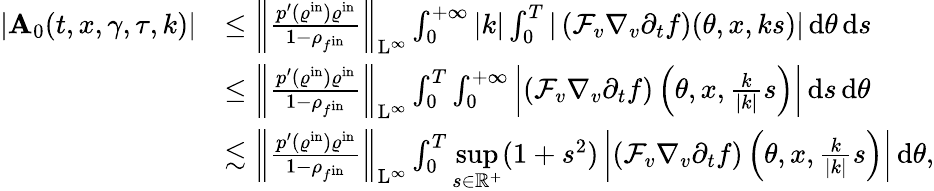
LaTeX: \begin{array}{rl}{\vert\mathbf{A}_{0}(t,x,\gamma,\tau,k)\vert}&{\leq\left\Vert\frac{p^{\prime}(\varrho^{\mathrm{in}})\varrho^{\mathrm{in}}}{1-\rho_{f^{\mathrm{in}}}}\right\Vert_{\mathrm{L}^{\infty}}\int_{0}^{+\infty}\vert k\vert\int_{0}^{T}\vert\left(\mathcal{F}_{v}\nabla_{v}\partial_{t}f\right)(\theta,x,ks)\vert\, \mathrm{d}\theta\, \mathrm{d}s}\\ &{\leq\left\Vert\frac{p^{\prime}(\varrho^{\mathrm{in}})\varrho^{\mathrm{in}}}{1-\rho_{f^{\mathrm{in}}}}\right\Vert_{\mathrm{L}^{\infty}}\int_{0}^{T}\int_{0}^{+\infty}\left\vert\left(\mathcal{F}_{v}\nabla_{v}\partial_{t}f\right)\left(\theta,x,\frac{k}{\vert k\vert}s\right)\right\vert\, \mathrm{d}s\, \mathrm{d}\theta}\\ &{\lesssim\left\Vert\frac{p^{\prime}(\varrho^{\mathrm{in}})\varrho^{\mathrm{in}}}{1-\rho_{f^{\mathrm{in}}}}\right\Vert_{\mathrm{L}^{\infty}}\int_{0}^{T}\underset{s\in\mathbb R^{+}}{\operatorname*{sup}}(1+s^{2})\left\vert\left(\mathcal{F}_{v}\nabla_{v}\partial_{t}f\right)\left(\theta,x,\frac{k}{\vert k\vert}s\right)\right\vert\, \mathrm{d}\theta,}\end{array}